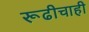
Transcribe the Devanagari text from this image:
रूढीचाही